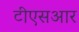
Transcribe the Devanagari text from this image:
टीएसआर